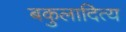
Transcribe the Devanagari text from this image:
बकुलादित्य